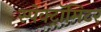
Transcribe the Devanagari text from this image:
स्पेक्ट्रॉमिटर